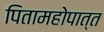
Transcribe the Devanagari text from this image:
पितामहोपात्त